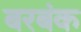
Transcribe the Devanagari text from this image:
बरबंक